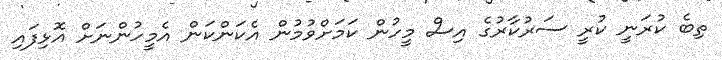
ތިބެ ކުރަނީ ކުރީ ސަރުކާރުގެ އިސް މީހުން ކަަމަށްވުމުން އެކަންކަން އެމީހުންނަށް އޮޅިފައި